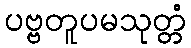
ပဗ္ဗတူပမသုတ္တံ